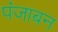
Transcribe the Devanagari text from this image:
पंजाबन